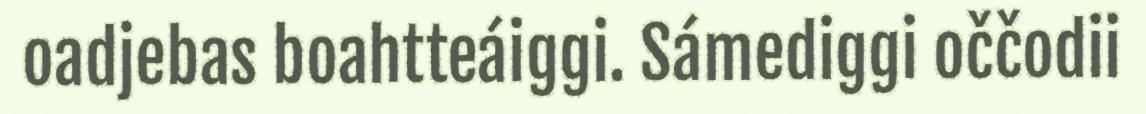
oadjebas boahtteáiggi. Sámediggi oččodii